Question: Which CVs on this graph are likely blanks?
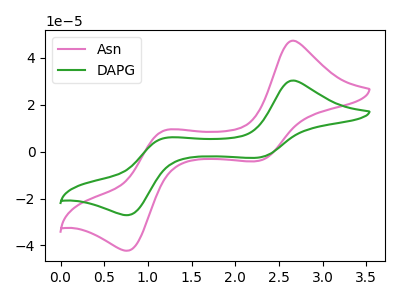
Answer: <think>The pink curve "Asn" has anodic peaks at (2.65V, 47.35uA) (1.20V, 9.15uA) and cathodic peaks at (2.25V, -3.95uA) (0.75V, -42.30uA). The green curve "DAPG" has anodic peaks at (2.65V, 30.35uA) (1.20V, 5.85uA) and cathodic peaks at (2.25V, -2.55uA) (0.75V, -27.15uA).</think>
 <answer>There are not any CV's on this graph that are likely to be blanks.</answer>
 <eval>none</eval>